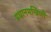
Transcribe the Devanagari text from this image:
प्रधानमन्त्रिणी